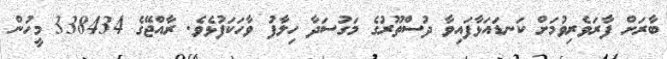
ބާރަށް ފާރަވެރިވުމަށް ކަނޑައަޅާފައިވާ ދުސްތޫރުގެ މަގުސަދާ ހިލާފު ވާހަކަފުޅެވެ. ރާއްޖޭގެ 338434 މީހުން